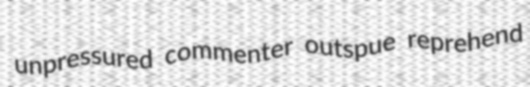
unpressured commenter outspue reprehend